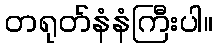
တရုတ်နံနံကြီးပါ။